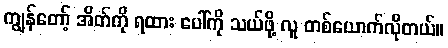
ကျွန်တော့် အိတ်ကို ရထား ပေါ်ကို သယ်ဖို့ လူ တစ်ယောက်လိုတယ်။